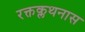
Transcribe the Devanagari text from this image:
रक्तक्लथनास